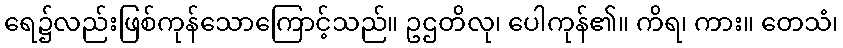
ရေ၌လည်းဖြစ်ကုန်သောကြောင့်သည်။ ဥဌတိလု၊ ပေါကုန်၏။ ကိရ၊ ကား။ တေသံ၊